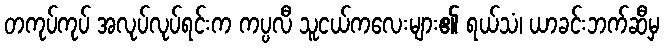
တကုပ်ကုပ် အလုပ်လုပ်ရင်းက ကပ္ပလီ သူငယ်ကလေးများ၏ ရယ်သံ၊ ယာခင်းဘက်ဆီမှ